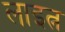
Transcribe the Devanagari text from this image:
लाइत्न